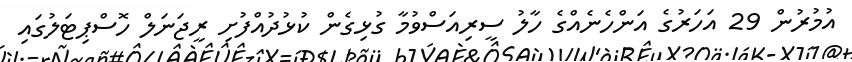
އުމުރުން 29 އަހަރުގެ އަންހެނެއްގެ ހާލު ސީރިއަސްވުމާ ގުޅިގެން ކުޅުދުއްފުށި ރީޖަނަލް ހޮސްޕިޓަލުގައި